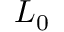
L _ { 0 }